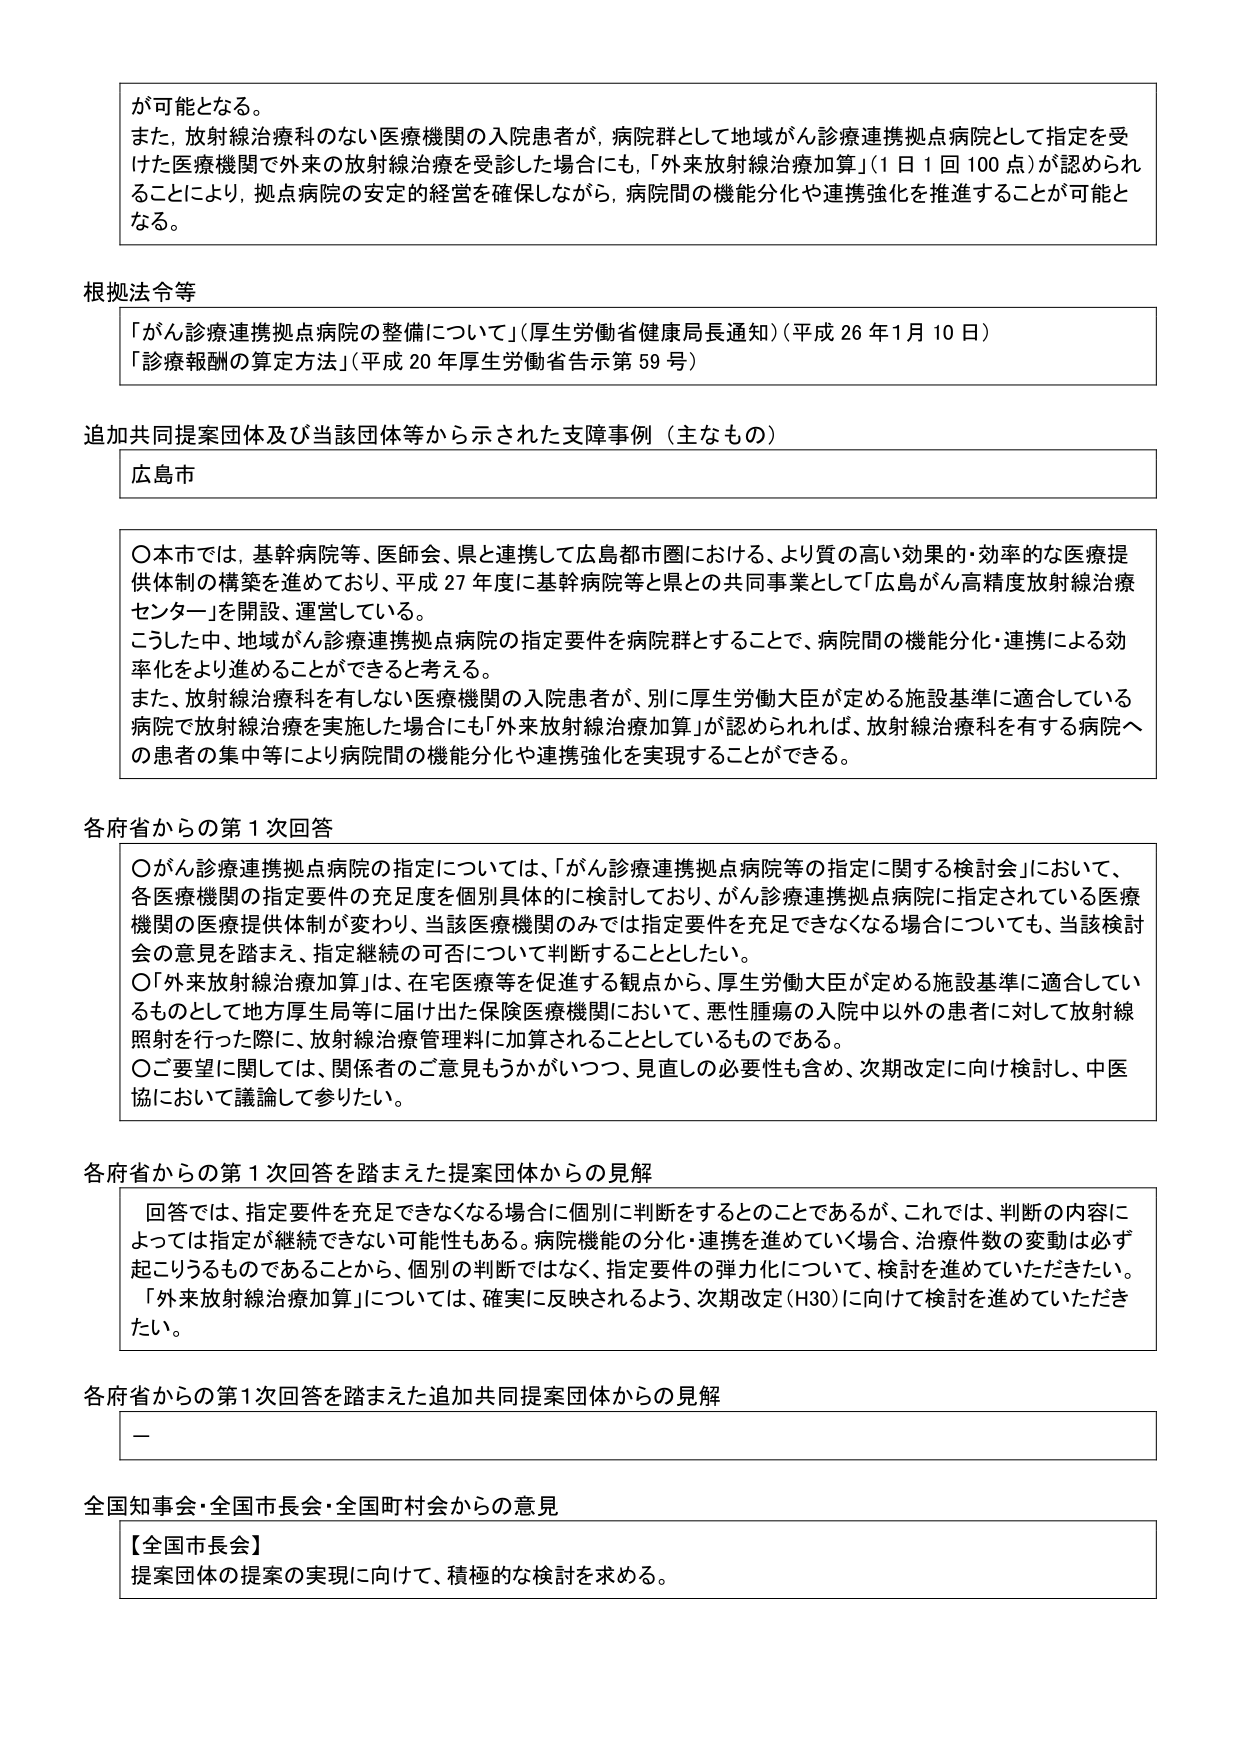
が可能となる。
また、放射線治療科のない医療機関の入院患者が、病院群として地域がん診療連携拠点病院として指定を受けた医療機関で外来の放射線治療を受診した場合にも、「外来放射線治療加算」（1日1回100点）が認められることにより、拠点病院の安定的経営を確保しながら、病院間の機能分化や連携強化を推進することが可能となる。

根拠法令等
「がん診療連携拠点病院の整備について」（厚生労働省健康局長通知）（平成26年1月10日）
「診療報酬の算定方法」（平成20年厚生労働省告示第59号）

追加共同提案団体及び当該団体等から示された支援事例（主なもの）
広島市

〇本市では、基幹病院等、医師会、県と連携して広島都市圏における、より質の高い効果的・効率的な医療提供体制の構築を進めており、平成27年度に基幹病院等と県との共同事業として「広島がん高精度放射線治療センター」を開設、運営している。
こうした中、地域がん診療連携拠点病院の指定要件を病院群とすることで、病院間の機能分化・連携による効率化をより進めることができると考える。
また、放射線治療科を有しない医療機関の入院患者が、別に厚生労働大臣が定める施設基準に適合している病院で放射線治療を実施した場合にも「外来放射線治療加算」が認められれば、放射線治療科を有する病院への患者の集中等により病院間の機能分化や連携強化を実現することができる。

各府省からの第1次回答
〇がん診療連携拠点病院の指定については、「がん診療連携拠点病院等の指定に関する検討会」において、各医療機関の指定要件の充足度を個別具体的に検討しており、がん診療連携拠点病院に指定されている医療機関の医療提供体制が変わり、当該医療機関のみでは指定要件を充足できなくなる場合についても、当該検討会の意見を踏まえ、指定継続の可否について判断することとしたい。
〇「外来放射線治療加算」は、在宅医療等を促進する観点から、厚生労働大臣が定める施設基準に適合しているものとして地方厚生局等に届け出た保険医療機関において、悪性腫瘍の入院中以外の患者に対して放射線照射を行った際に、放射線治療管理料に加算されることとしているものである。
〇ご要望に関しては、関係者のご意見もうかがいつつ、見直しの必要性も含め、次期改定に向け検討し、中医協において議論して参りたい。

各府省からの第1次回答を踏まえた提案団体からの見解
回答では、指定要件を充足できなくなる場合に個別に判断をするとのことであるが、これでは、判断の内容によっては指定が継続できない可能性もある。病院機能の分化・連携を進めていく場合、治療件数の変動は必ず起こりうるものであることから、個別の判断ではなく、指定要件の弾力化について、検討を進めていただきたい。「外来放射線治療加算」については、確実に反映されるよう、次期改定（H30）に向けて検討を進めていただきたい。

各府省からの第1次回答を踏まえた追加共同提案団体からの見解
ー

全国知事会・全国市長会・全国町村会からの意見
【全国市長会】
提案団体の提案の実現に向けて、積極的な検討を求める。